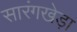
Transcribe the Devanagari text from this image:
सारंगखेड़ा